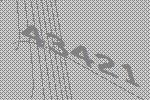
43421